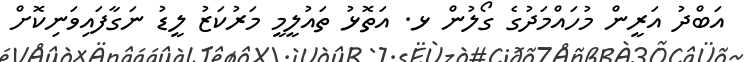
އަބްދު އަރީން މުހައްމަދުގެ ގޯލުން ޅ. އަތޮޅު ތައުލީމީ މަރުކަޒު ލީޑު ނަގާފައިވަނިކޮށް